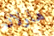
هارلان